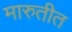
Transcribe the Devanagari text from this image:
मारुतीत